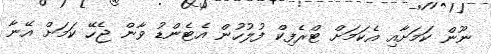
ނޫން ކަމަށާއި އެކަމަށް ޓްރެފިކް ފުލުހުން އެޓެންޑު ވާން ޖެހޭ ކަމަށް އޭނާ